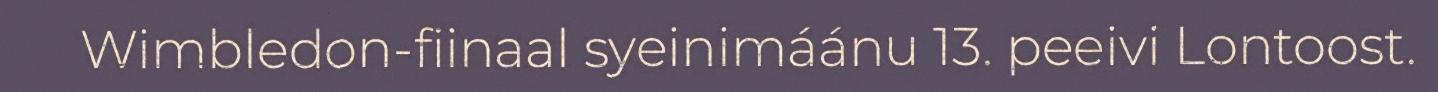
Wimbledon-fiinaal syeinimáánu 13. peeivi Lontoost.